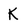
Character: K